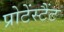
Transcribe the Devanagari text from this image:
प्रोटेंस्टैंट